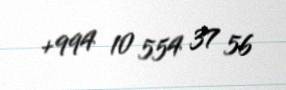
+994 10 554 37 56